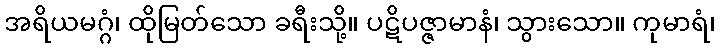
အရိယမဂ္ဂံ၊ ထိုမြတ်သော ခရီးသို့။ ပဋိပဇ္ဇာမာနံ၊ သွားသော။ ကုမာရံ၊